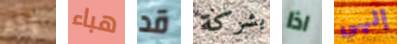
وكم هباء قد بشركة اذا إلهي